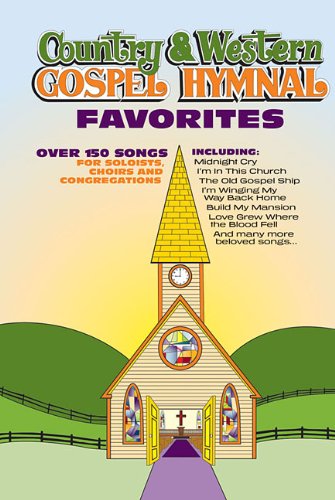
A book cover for Country and Western Gospel Hymnal Favorites; Hal Leonard Corp.; Christian Books & Bibles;